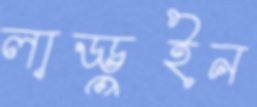
লাড্ডুইন